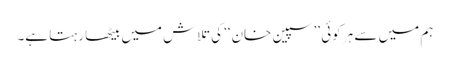
ہم میں سے ہر کوئی ’’سپین خان‘‘ کی تلاش میں بیٹھا رہتا ہے۔